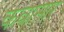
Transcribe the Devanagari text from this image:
कवासार